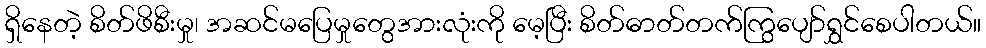
ရှိနေတဲ့ စိတ်ဖိစီးမှု၊ အဆင်မပြေမှုတွေအားလုံးကို မေ့ပြီး စိတ်ဓာတ်တက်ကြွပျော်ရွှင်စေပါတယ်။